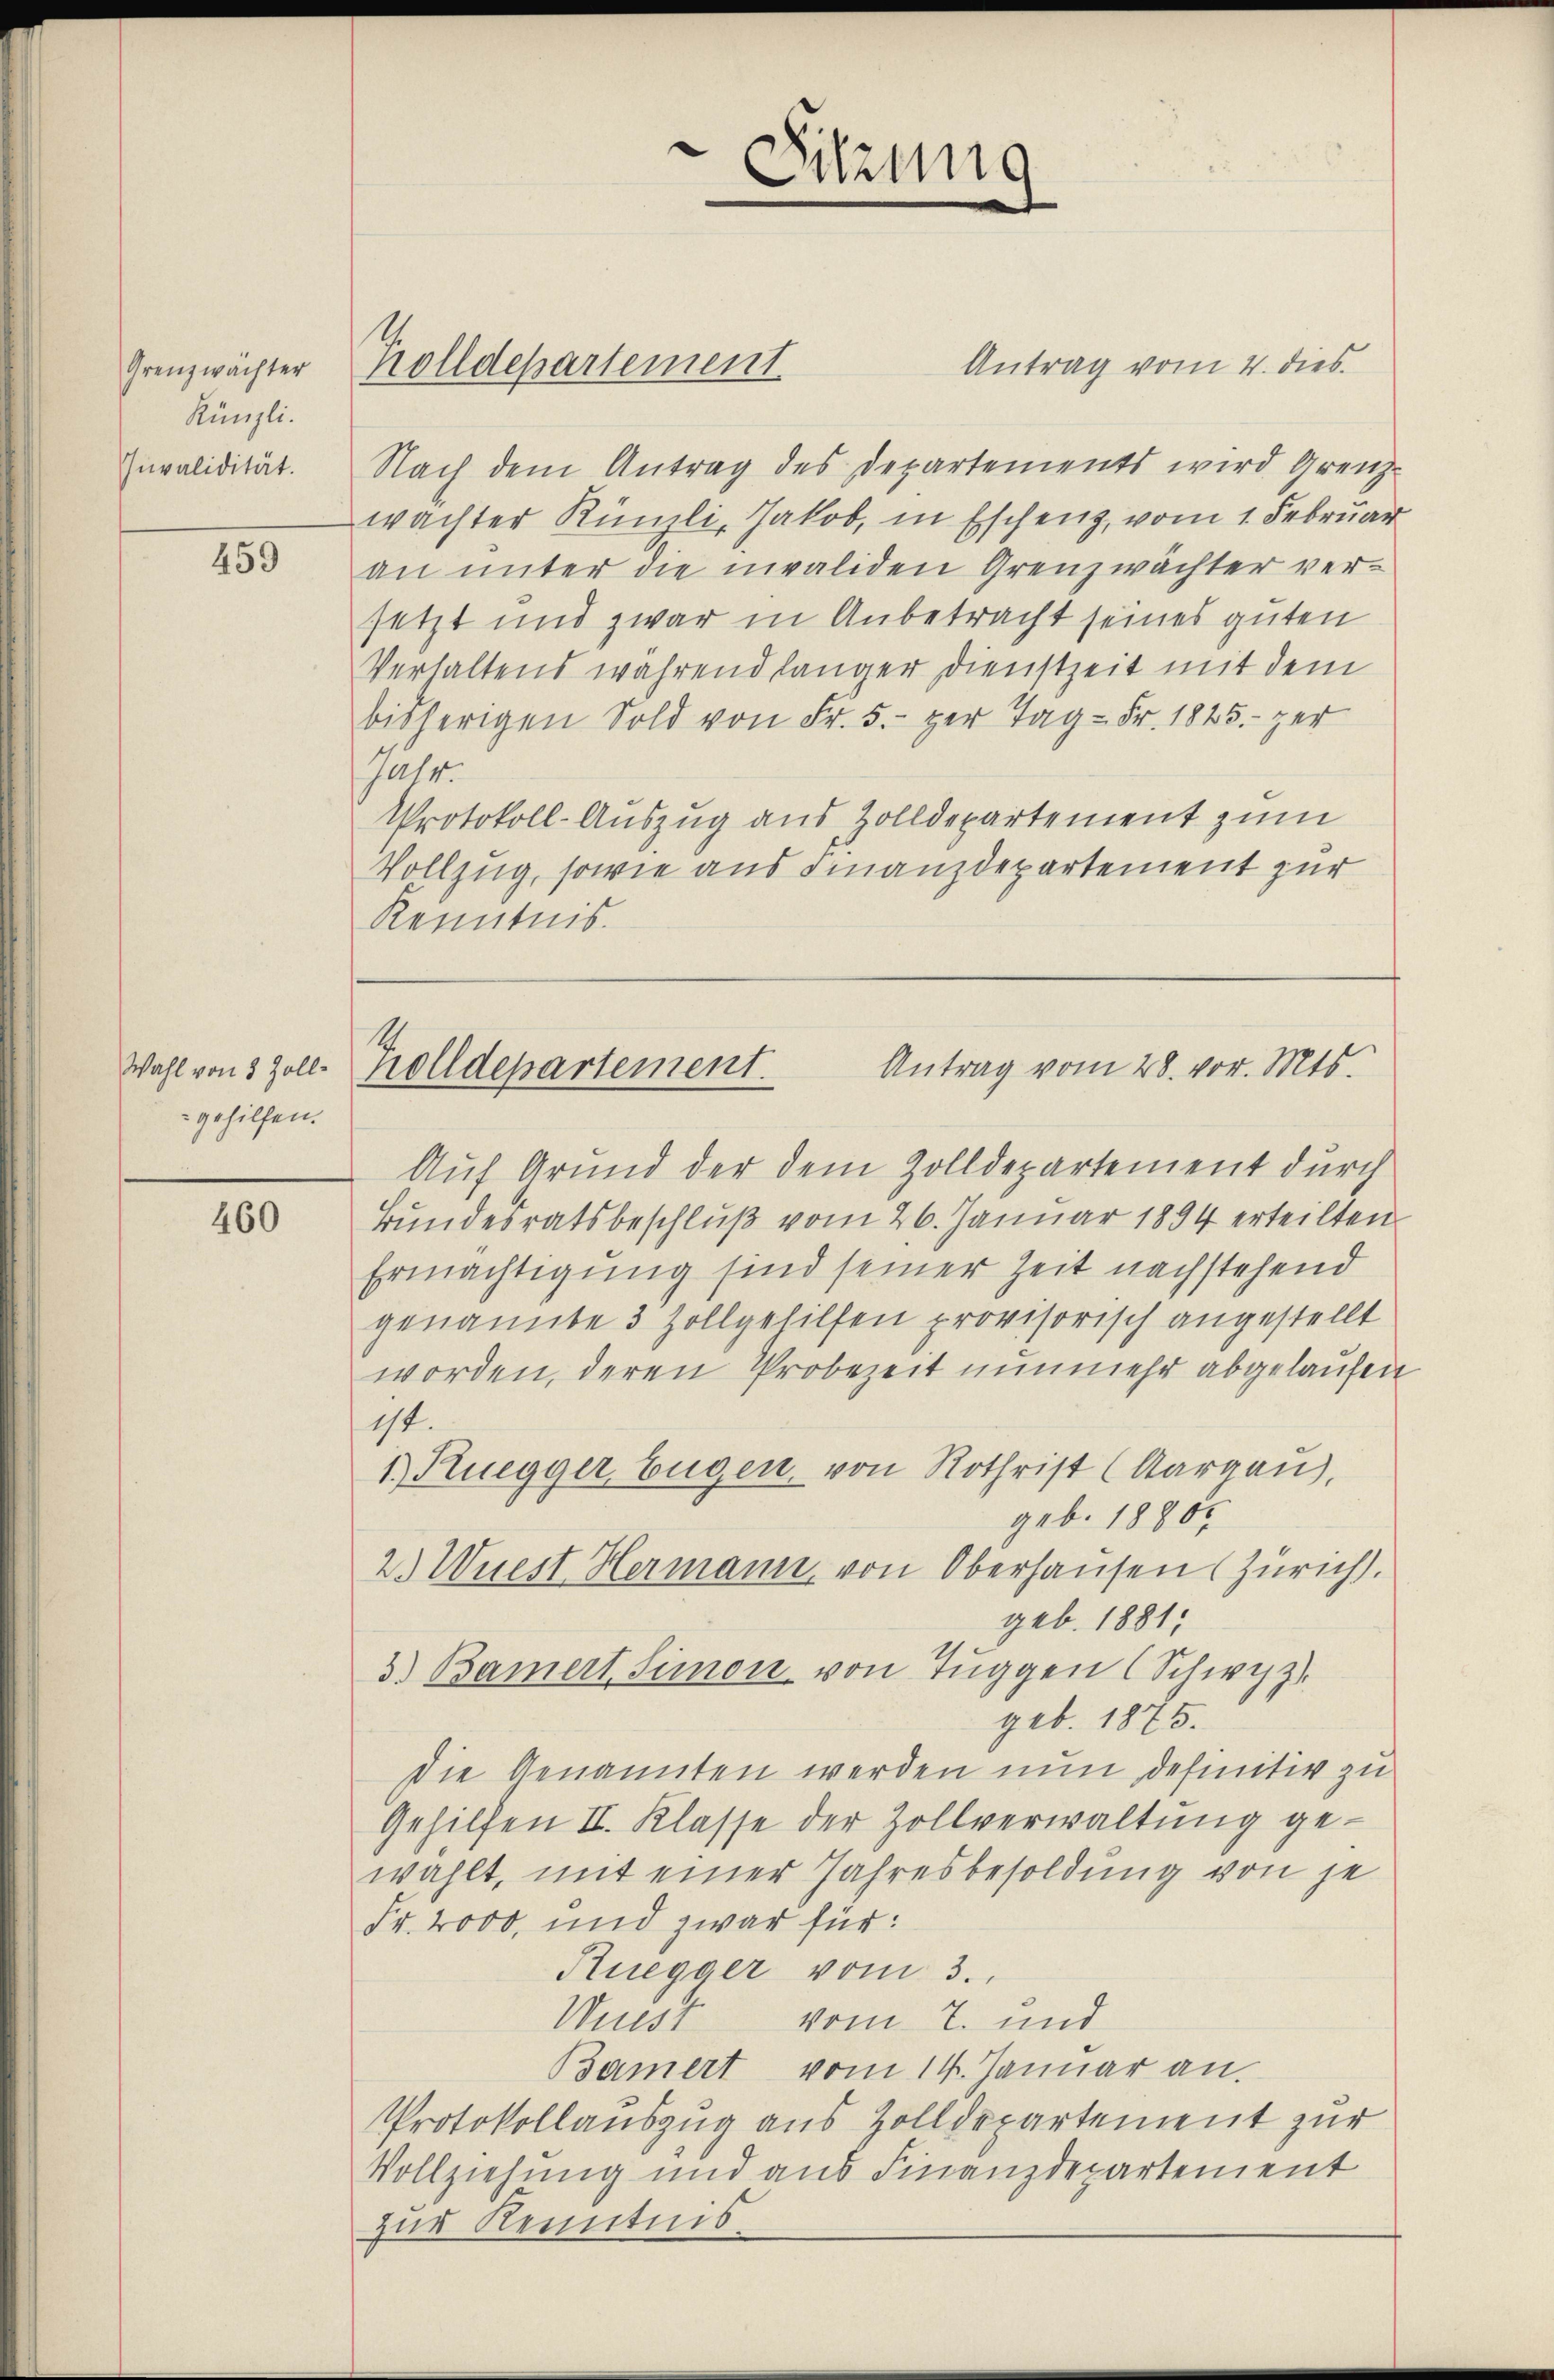
Grenzwachter
Rünzli.
Invalidität.

459

Wahl von 8 Zoll-
gehilfen.

460

Krolldepartement

Antrag vom 4. dies
Nach dem Antrag des Departements wird Grenz-
wachter Künzli, Jakob, in Eschenz, vom 1. Februar
an unter die invaliden Grenzwächter versetzt und zwar in Anbetracht seines guten
Verhaltens während länger Dienstzeit mit dem
bisherigen Sold von Fr. 5. per Tag - Fr. 1825. zer
Jatr.
Protokoll-Auszug aus Zolldepartement zum
Vollzug, sowie aus Finanzdepartement zur
Kenntnis.

e
Sitzung

Trolldepartement. Antrag vom 28. vor. Mts.

Auf Grund der dem Zolldepartement durch
Bundesratsbeschlŭβ vom 26. Januar 1894 erteilten
Ermächtigung sind seiner Zeit nachstehend
genannte 3 Zollgehilfen provisorisch angestellt
worden, deren Probezeit nunmehr abgelaufen
ist.
1.) Ruegger, Eugen, von Rothrist (Aargau),
geb. 18800.
2.) Wüest Hermann, von Oberhausen (Zürich).
geb. 1881
3) Bamert Simon von Tuggen (Schwyz.
geb. 1875.
Die Genannten werden nun definitiv zu
Gehilfen II. Klasse der Zollverwaltung gewählt, mit einer Jahresbesoldung von je
Fr. 2000, und zwar für:
Ruegger vom 3.
Wüest
vom 7. und
Bamert vom 14. Januar an.
Protokollauszug aus Zolldepartement zur
Vollziehung und aus Finanzdepartement
zur Kenntnis.